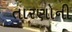
તારણોની